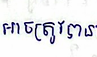
អាចត្រូវបាន